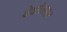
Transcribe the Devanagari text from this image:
वेदांतसार